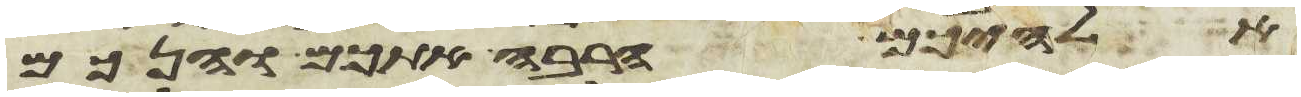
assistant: אלהיכם הרבה אתכם והנכם